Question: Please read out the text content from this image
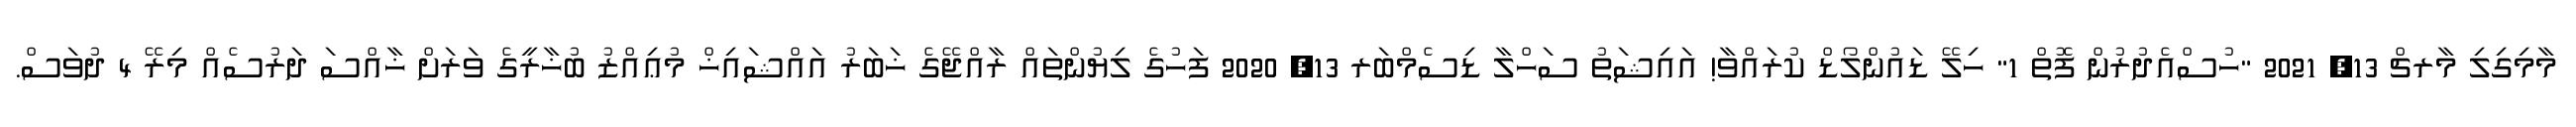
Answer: މާމިގިލި މާރޗް 13, 2021 "ހުސްއެދުރުން ފޮތް 1" ހިލޭ ޑައުންލޯޑް ކުރައްވާ! އައިޝަތު ސަހްލާ ޑިސެމްބަރ 13, 2020 ފަހުގެ ލިޔުންތައް ރާއްޖޭގެ ޚަބަރު އައްޝައިޚް މުޢިއްޒު ބުޚާރީގެ ވަރަށް ޚާއްސަ ދަރުސެއް މިރޭ 4 ދުވަސް.